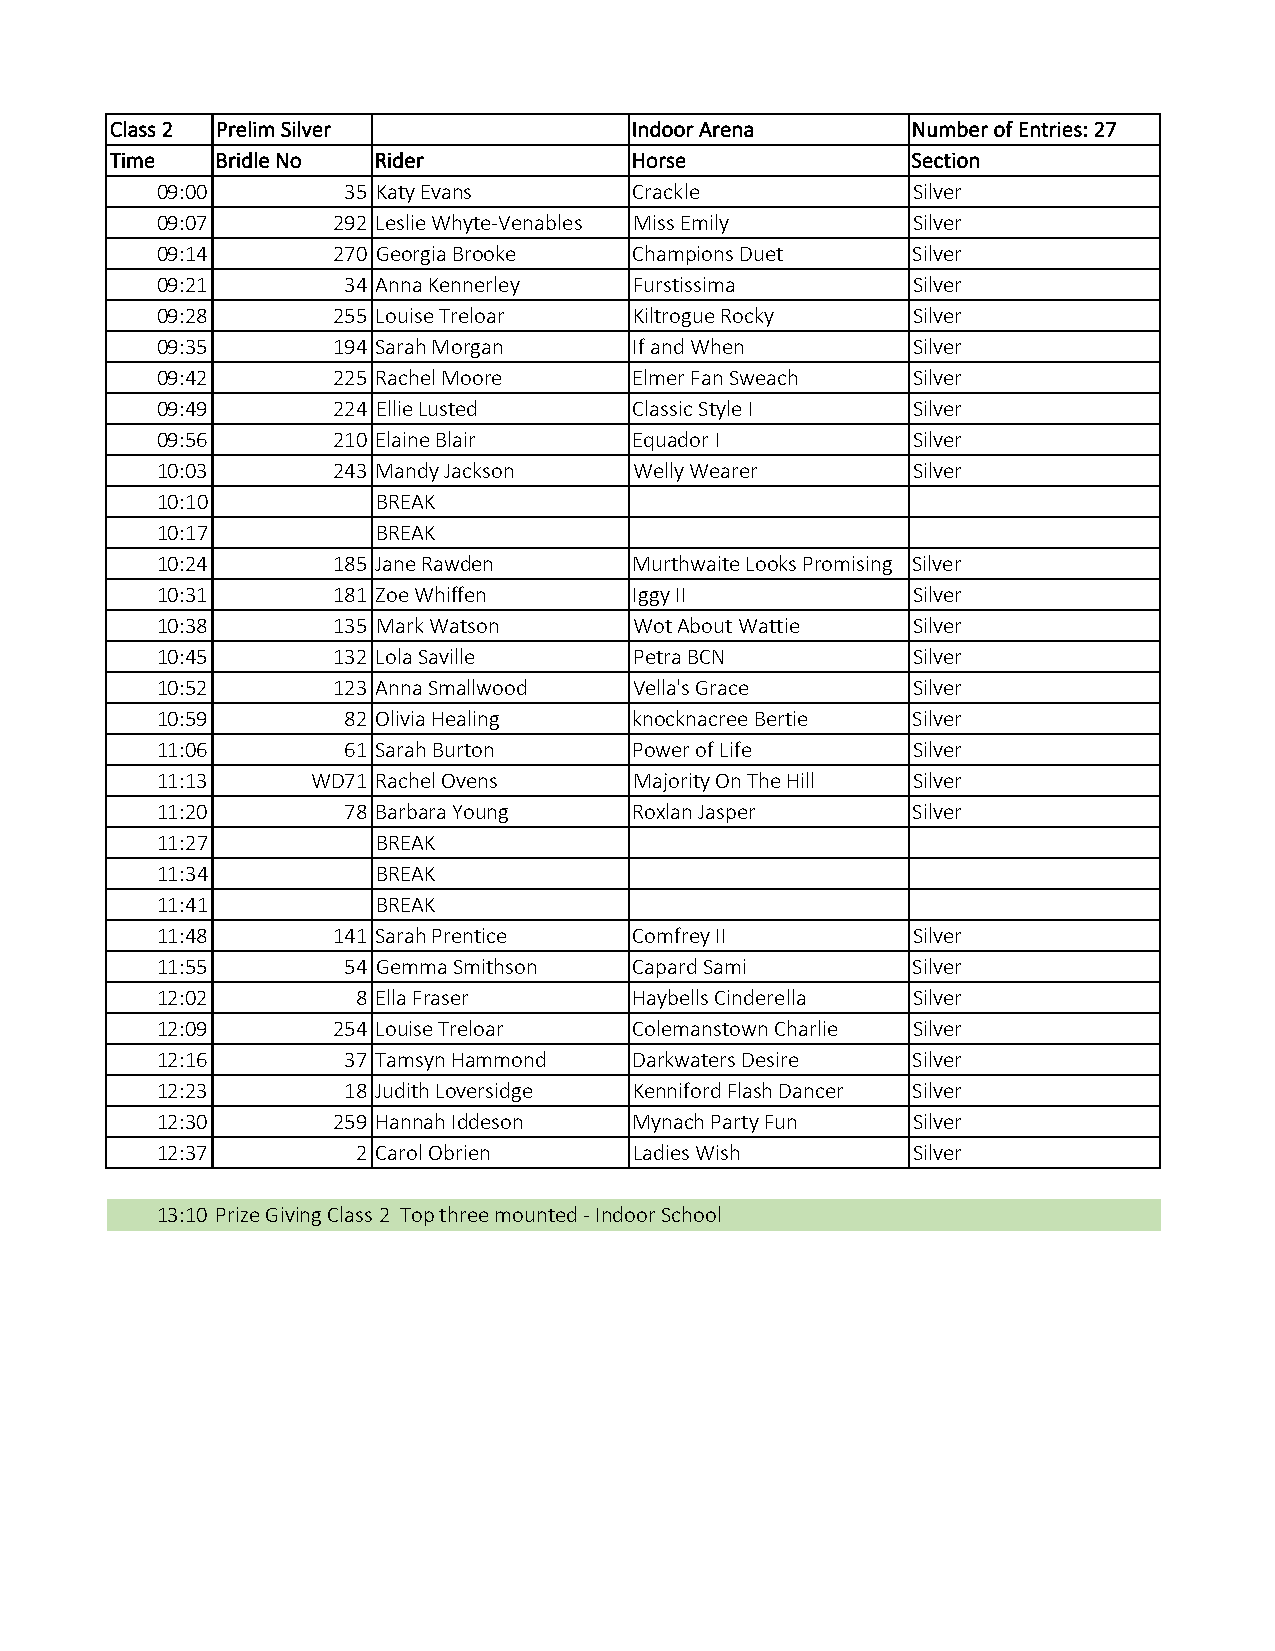
Class 2 Prelim Silver              Indoor Arena      Number of Entries: 27
 Time   Bridle No  Rider            Horse             Section
 09:00        35 Katy Evans      Crackle           Silver
 09:07       292 Leslie Whyte-Venables Miss Emily  Silver
 09:14       270 Georgia Brooke  Champions Duet    Silver
 09:21        34 Anna Kennerley  Furstissima       Silver
 09:28       255 Louise Treloar  Kiltrogue Rocky   Silver
 09:35       194 Sarah Morgan    If and When       Silver
 09:42       225 Rachel Moore    Elmer Fan Sweach  Silver
 09:49       224 Ellie Lusted    Classic Style I   Silver
 09:56       210 Elaine Blair    Equador I         Silver
 10:03       243 Mandy Jackson   Welly Wearer      Silver
 10:10          BREAK
 10:17          BREAK
 10:24       185 Jane Rawden     Murthwaite Looks Promising Silver
 10:31       181 Zoe Whiffen     Iggy II           Silver
 10:38       135 Mark Watson     Wot About Wattie  Silver
 10:45       132 Lola Saville    Petra BCN         Silver
 10:52       123 Anna Smallwood  Vella's Grace     Silver
 10:59        82 Olivia Healing  knocknacree Bertie Silver
 11:06        61 Sarah Burton    Power of Life     Silver
 11:13      WD71 Rachel Ovens    Majority On The Hill Silver
 11:20        78 Barbara Young   Roxlan Jasper     Silver
 11:27          BREAK
 11:34          BREAK
 11:41          BREAK
 11:48       141 Sarah Prentice  Comfrey II        Silver
 11:55        54 Gemma Smithson  Capard Sami       Silver
 12:02         8 Ella Fraser     Haybells Cinderella Silver
 12:09       254 Louise Treloar  Colemanstown Charlie Silver
 12:16        37 Tamsyn Hammond  Darkwaters Desire Silver
 12:23        18 Judith Loversidge Kenniford Flash Dancer Silver
 12:30       259 Hannah Iddeson  Mynach Party Fun  Silver
 12:37         2 Carol Obrien    Ladies Wish       Silver
 13:10 Prize Giving Class 2 Top three mounted - Indoor School